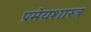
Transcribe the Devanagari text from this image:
प्रमेयशास्त्र